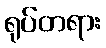
ရုပ်တရား